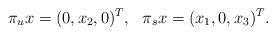
LaTeX: \begin{align*}\pi_u x = (0, x_2, 0)^T, ~~\pi_s x = (x_1, 0, x_3)^T.\end{align*}